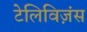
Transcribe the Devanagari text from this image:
टेलिविज़ंस